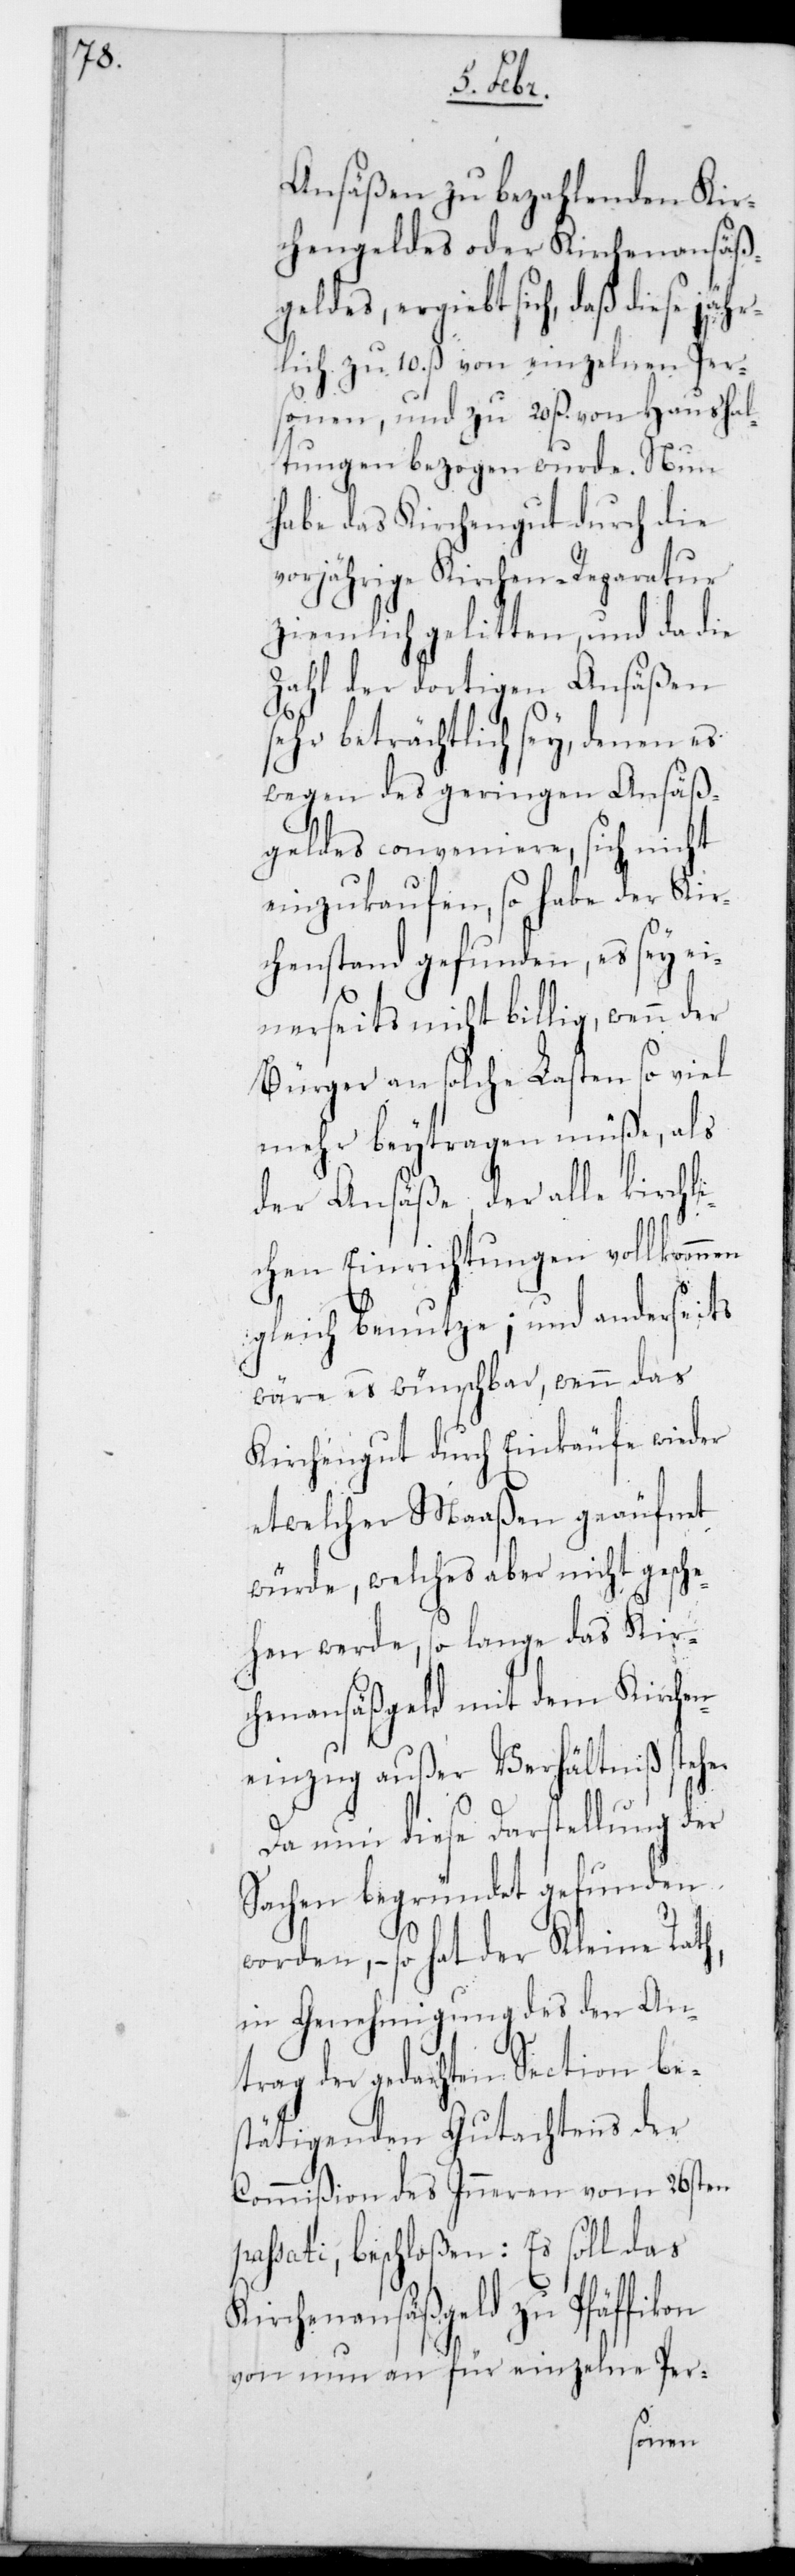
Ansäßen zu bezahlenden Kir¬
chengeldes oder Kirchen-Ansäß¬
geldes ergiebt sich, daß diese jäh¬
rlich zu 10. ß von einzelnen Per¬
sonen, und zu 20. ß von Haushal¬
tungen bezogen wurde. Nun
habe das Kirchengut durch die
vorjährige Kirchen-Reparatur
ziemlich gelitten, und da die
Zahl der dortigen Ansäßen
sehr beträchtlich sey, denen es
wegen des geringen Ansäß¬
geldes conveniere, sich nicht
einzukaufen, so habe der Kir¬
chenstand gefunden, es sey ei¬
nerseits nicht billig, wenn der
Bürger an solche Lasten so viel
mehr beytragen müße, als
der Ansäße, der alle kirchl¬
ichen Einrichtungen vollkommen
gleich benutze; und anderseits
wäre es wünschbar, wenn das
Kirchengut durch Einkäufe wieder
etwelcher Maaßen geäufnet
würde, welches aber nicht gesche¬
hen werde, so lange das Kir¬
chenansäßgeld mit dem Kirchen¬
einzug außer Verhältniß stehe.
Da nun diese Darstellung der
Sachen begründet gefunden
worden, – so hat der Kleine Rath,
in Genehmigung des den An¬
trag der gedachten Section bes¬
tätigenden Gutachtens der
Commißion des Inneren vom 26sten
passati, beschloßen: Es soll das
Kirchenansäßgeld zu Pfäffikon
von nun an für einzelne Per-